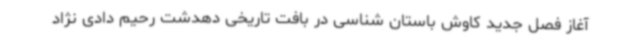
آغاز فصل جدید کاوش باستان شناسی در بافت تاریخی دهدشت رحیم دادی نژاد